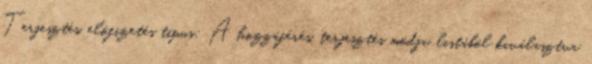
Terjesztés, előfizetés típus: A hozzáférés, terjesztés módja, listából kiválasztva